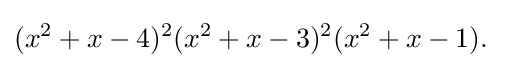
(x^{2}+x-4)^{2}(x^{2}+x-3)^{2}(x^{2}+x-1).\